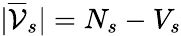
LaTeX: |\overline{{\mathcal{V}}}_{s}|=N_{s}-V_{s}